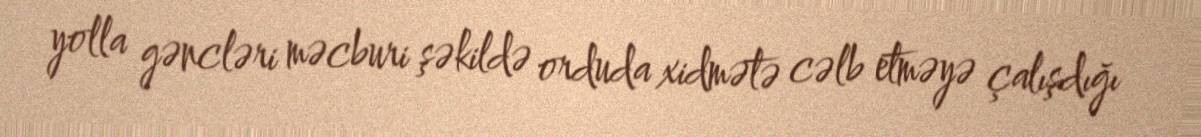
yolla gəncləri məcburi şəkildə orduda xidmətə cəlb etməyə çalışdığı